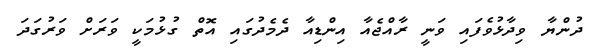
ދުންޔާ ވިދާޅުވެފައި ވަނީ ރާއްޖެއާ އިންޑިއާ ދެމެދުގައި އޮތް ގުޅުމަކީ ވަރަށް ވަރުގަދަ